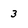
Character: 3